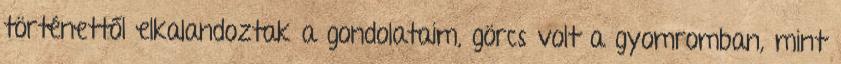
történettől elkalandoztak a gondolataim, görcs volt a gyomromban, mint